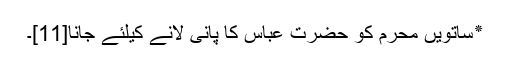
٭ساتویں محرم کو حضرت عباس کا پانی لانے کیلئے جانا[11]۔